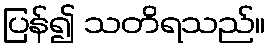
ပြန်၍ သတိရသည်။